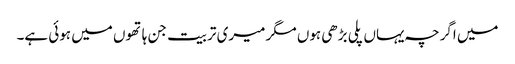
میں اگرچہ یہاں پلی بڑھی ہوں مگر میری تربیت جن ہاتھوں میں ہوئی ہے۔